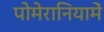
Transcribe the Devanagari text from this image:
पोमेरानियामें